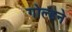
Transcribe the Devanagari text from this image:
गोल्डने